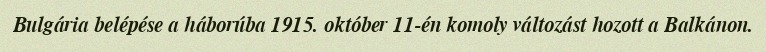
Bulgária belépése a háborúba 1915. október 11-én komoly változást hozott a Balkánon.